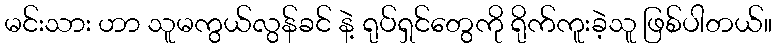
မင်းသား ဟာ သူမကွယ်လွန်ခင် နဲ့ ရုပ်ရှင်တွေကို ရိုက်ကူးခဲ့သူ ဖြစ်ပါတယ်။